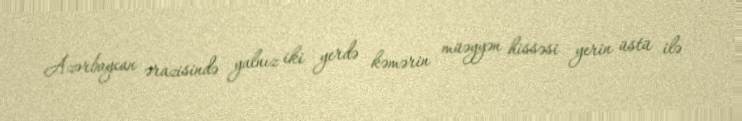
Azərbaycan ərazisində yalnız iki yerdə kəmərin müəyyən hissəsi yerin üstü ilə